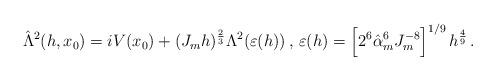
LaTeX: \begin{align*} \hat \Lambda^2 (h,x_0) = i V(x_0) + (J_mh)^\frac 23 \Lambda^2(\varepsilon(h)) \,, \, \varepsilon(h) = \Big[2^6 \hat \alpha_m^6J_m^{-8}\Big]^{1/9}\, h^\frac 49\,. \end{align*}